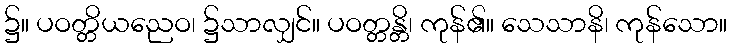
၌။ ပဝတ္တိယညေဝ၊ ၌သာလျှင်။ ပဝတ္တန္တိ၊ ကုန်၏။ သေသာနိ၊ ကုန်သော။